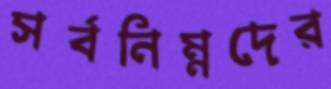
সর্বনিম্নদের